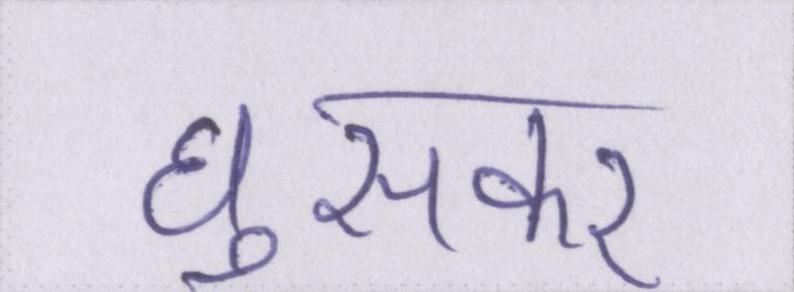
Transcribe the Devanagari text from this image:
घुसकर